Report on vaccination North-West Frontier Province 1904-1922 - 1904-1922
Year: 1904
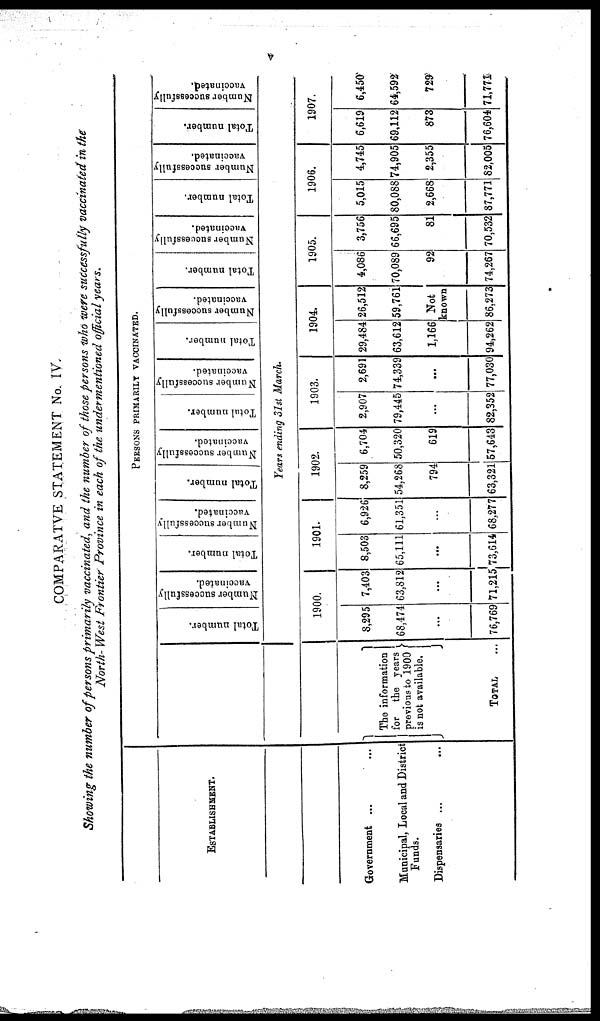
v
COMPARATVE STATEMENT No. IV
Showing the number of persons primarily vaccinated, and the number of those persons who were successfully vaccinated in the
North- West Frontier Province in each of the undermentioned official years.
ESTABLISMMENT.
Government ... ...
Municipal, Local and District
Funds.
Dispensaries ... ...
PERSONS PRIMARILY VACCINATED.
The information
for the years
previous to 1900
is not available.
TOTAL ...
Total number.
Number successfully
vaccinated.
Total number.
Number successfully
vaccinated.
Total number.
Number successfully
vaccinated.
Total number.
Number successfully
vaccinated.
Total number.
Number successfully
vaccinated.
Total number.
Number successfully
vaccinated.
Total number.
Number successfully
vaccinated.
Total number.
Number successfully
vaccinated.
Years ending 31st March.
1900.
8,295
68,474
...
76,769
7,403
63,812
...
71,215
1901.
8,503
65,111
...
73,614
6,926
61,351
...
68,277
1902.
8,259
54,268
794
63,321
6,704
50,320
619
57,643
1903.
2,907
79,445
...
82,352
2,691
74,339
...
77,030
1904.
29,484
63,612
1,166
94,262
26,512
59,761
Not
known
86,273
1905.
4,086
70,089
92
74,267
3,756
66,695
81
70,532
1906.
5,015
80,088
2,668
87,771
4,745
74,905
2,355
82,005
1907.
6,619
69,112
873
76,604
6,450
64,592
729
71,771